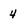
Character: 4